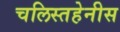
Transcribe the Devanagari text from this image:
चलिस्तहेनीस